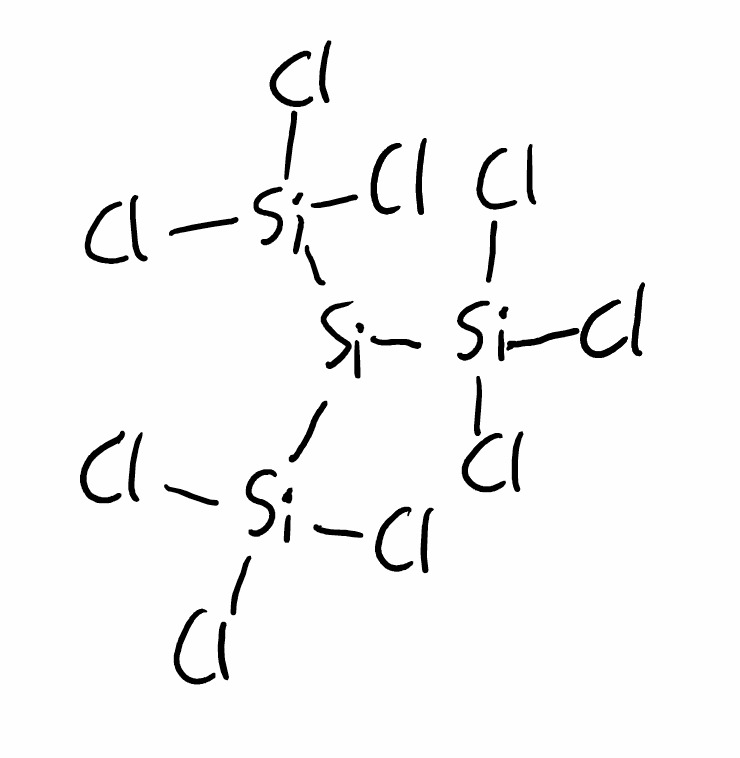
Simplified molecular-input line-entry system (SMILES) notation of the given molecule:
[Si]([Si](Cl)(Cl)Cl)([Si](Cl)(Cl)Cl)[Si](Cl)(Cl)Cl